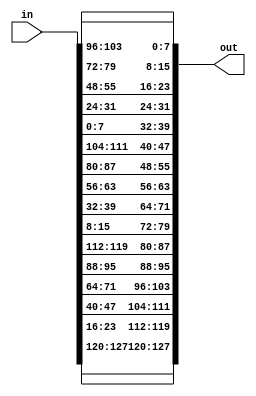
module InvShiftRows(
    in,
    out
);

input [127:0] in;
output [127:0] out;

wire [31:0] x0_curr, x1_curr, x2_curr, x3_curr;
wire [31:0] x0_next, x1_next, x2_next, x3_next;

// construct the 4 columns
assign x0_curr = in[127:96];
assign x1_curr = in[95:64];
assign x2_curr = in[63:32];
assign x3_curr = in[31:0];

// shift the rows
assign x0_next = {x0_curr[31:24], x3_curr[23:16], x2_curr[15:8], x1_curr[7:0]}; // no shift
assign x1_next = {x1_curr[31:24], x0_curr[23:16], x3_curr[15:8], x2_curr[7:0]}; // shift right by 8 bits
assign x2_next = {x2_curr[31:24], x1_curr[23:16], x0_curr[15:8], x3_curr[7:0]}; // shift right by 16 bits
assign x3_next = {x3_curr[31:24], x2_curr[23:16], x1_curr[15:8], x0_curr[7:0]}; // shift right by 24 bits

assign out = {x0_next, x1_next, x2_next, x3_next}; // concatenate the 4 rows

endmodule

/*
Explanation:

Given a block of 128 bits, InvShiftRows performs a the inverse function of ShiftRows.

After the ShiftRows transformation, the data is represented as:

{S0, S5, S10, S15, S4, S9, S14, S3, S8, S13, S2, S7, S12, S1, S6, S11}

In matrix Form:

S0  S4  S8  S12
S5  S9  S13 S1
S10 S14 S2  S6
S15 S3  S7  S11



After applying the InvShiftRows transformation, the data is represented in its original form as:

{S0, S1, S2, S3, S4, S5, S6, S7, S8, S9, S10, S11, S12, S13, S14, S15}

In matrix Form:

S0 S4 S8  S12
S1 S5 S9  S13
S2 S6 S10 S14
S3 S7 S11 S15

*/